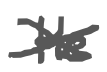
Text: He
Cross-out: cross
Writing tool: digital_gray